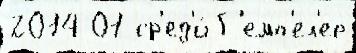
2014 01 ср'ед'и́ Г'емп'ел'ер